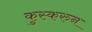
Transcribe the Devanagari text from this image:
कुस्करुन